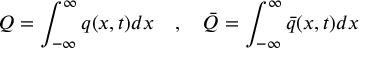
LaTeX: Q = \int _ { - \infty } ^ { \infty } q ( x , t ) d x \quad , \quad \bar { Q } = \int _ { - \infty } ^ { \infty } \bar { q } ( x , t ) d x